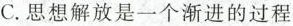
C.思想解放是一个渐进的过程